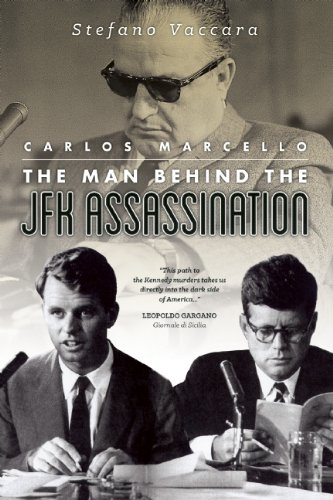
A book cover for Carlos Marcello: The Man Behind the JFK Assassination; Stefano Vaccara; Biographies & Memoirs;